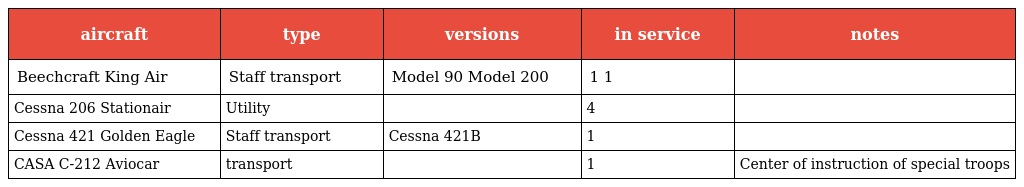
| aircraft | type | versions | in service | notes |
 | --- | --- | --- | --- | --- |
 | Beechcraft King Air | Staff transport | Model 90 Model 200 | 1 1 |  |
 | Cessna 206 Stationair | Utility |  | 4 |  |
 | Cessna 421 Golden Eagle | Staff transport | Cessna 421B | 1 |  |
 | CASA C-212 Aviocar | transport |  | 1 | Center of instruction of special troops |